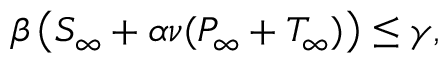
\begin{array} { r } { \beta \left( S _ { \infty } + \alpha \nu ( P _ { \infty } + T _ { \infty } ) \right) \le \gamma , } \end{array}